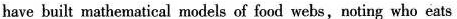
have built mathematical models of food webs,noting who eats